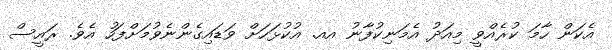
އެކަން ހާމަ ކުރެއްވީ މިއަދު އެމަނިކުފާނު އއ. އުކުޅަހަށް ވަޑައިގެންނެވުމަށްފަހު އެވެ. ރައީސް